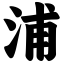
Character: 浦